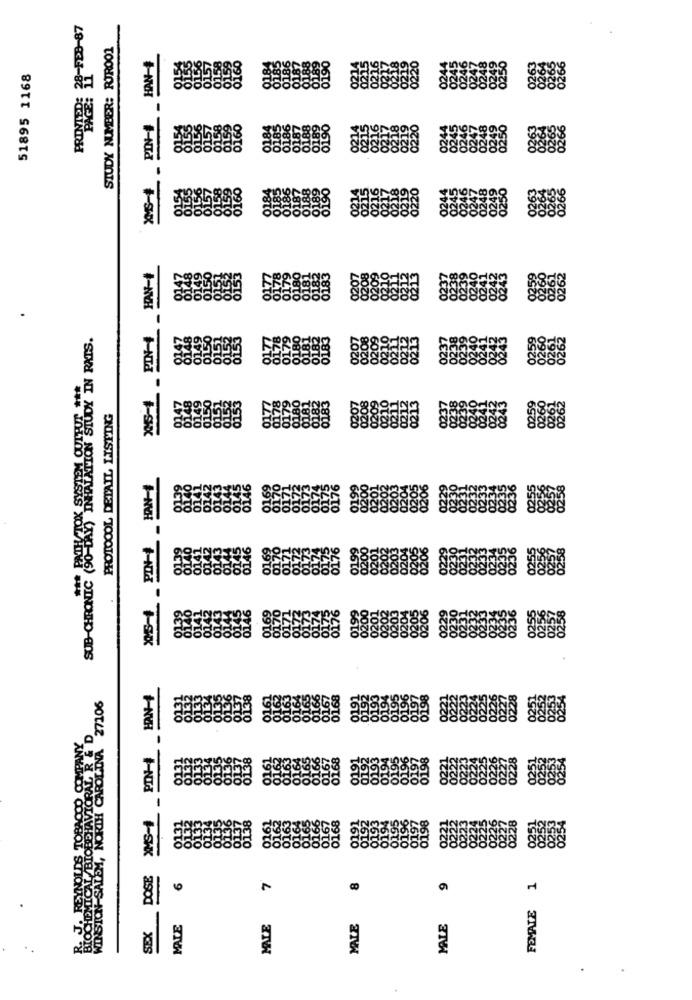
PROVA22: 23-23-87
STUDY NUMBER: RIR001
HAN-
51895 1168
PIN-
0000888
XS-4 PIN-4 HAN-#
149
150
SUB-CHRONIC SOLLKISIM QUIFUT ***
0149
0150
0153
PROTOCOL DETAIL LISTING
HAN-
WINSTON-SALEM, NORTH CAROLINA 27106
0138
REYNOLDS TOBACCO COMPANY
PMICAL /BIOBEHAVIORAL R & D
138
XMS-1
DOSE
7
8
9
FEMALE 1
MAIE
MALE
SEX
MNIE
MALE